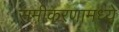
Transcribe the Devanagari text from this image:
समीकरणामध्ये